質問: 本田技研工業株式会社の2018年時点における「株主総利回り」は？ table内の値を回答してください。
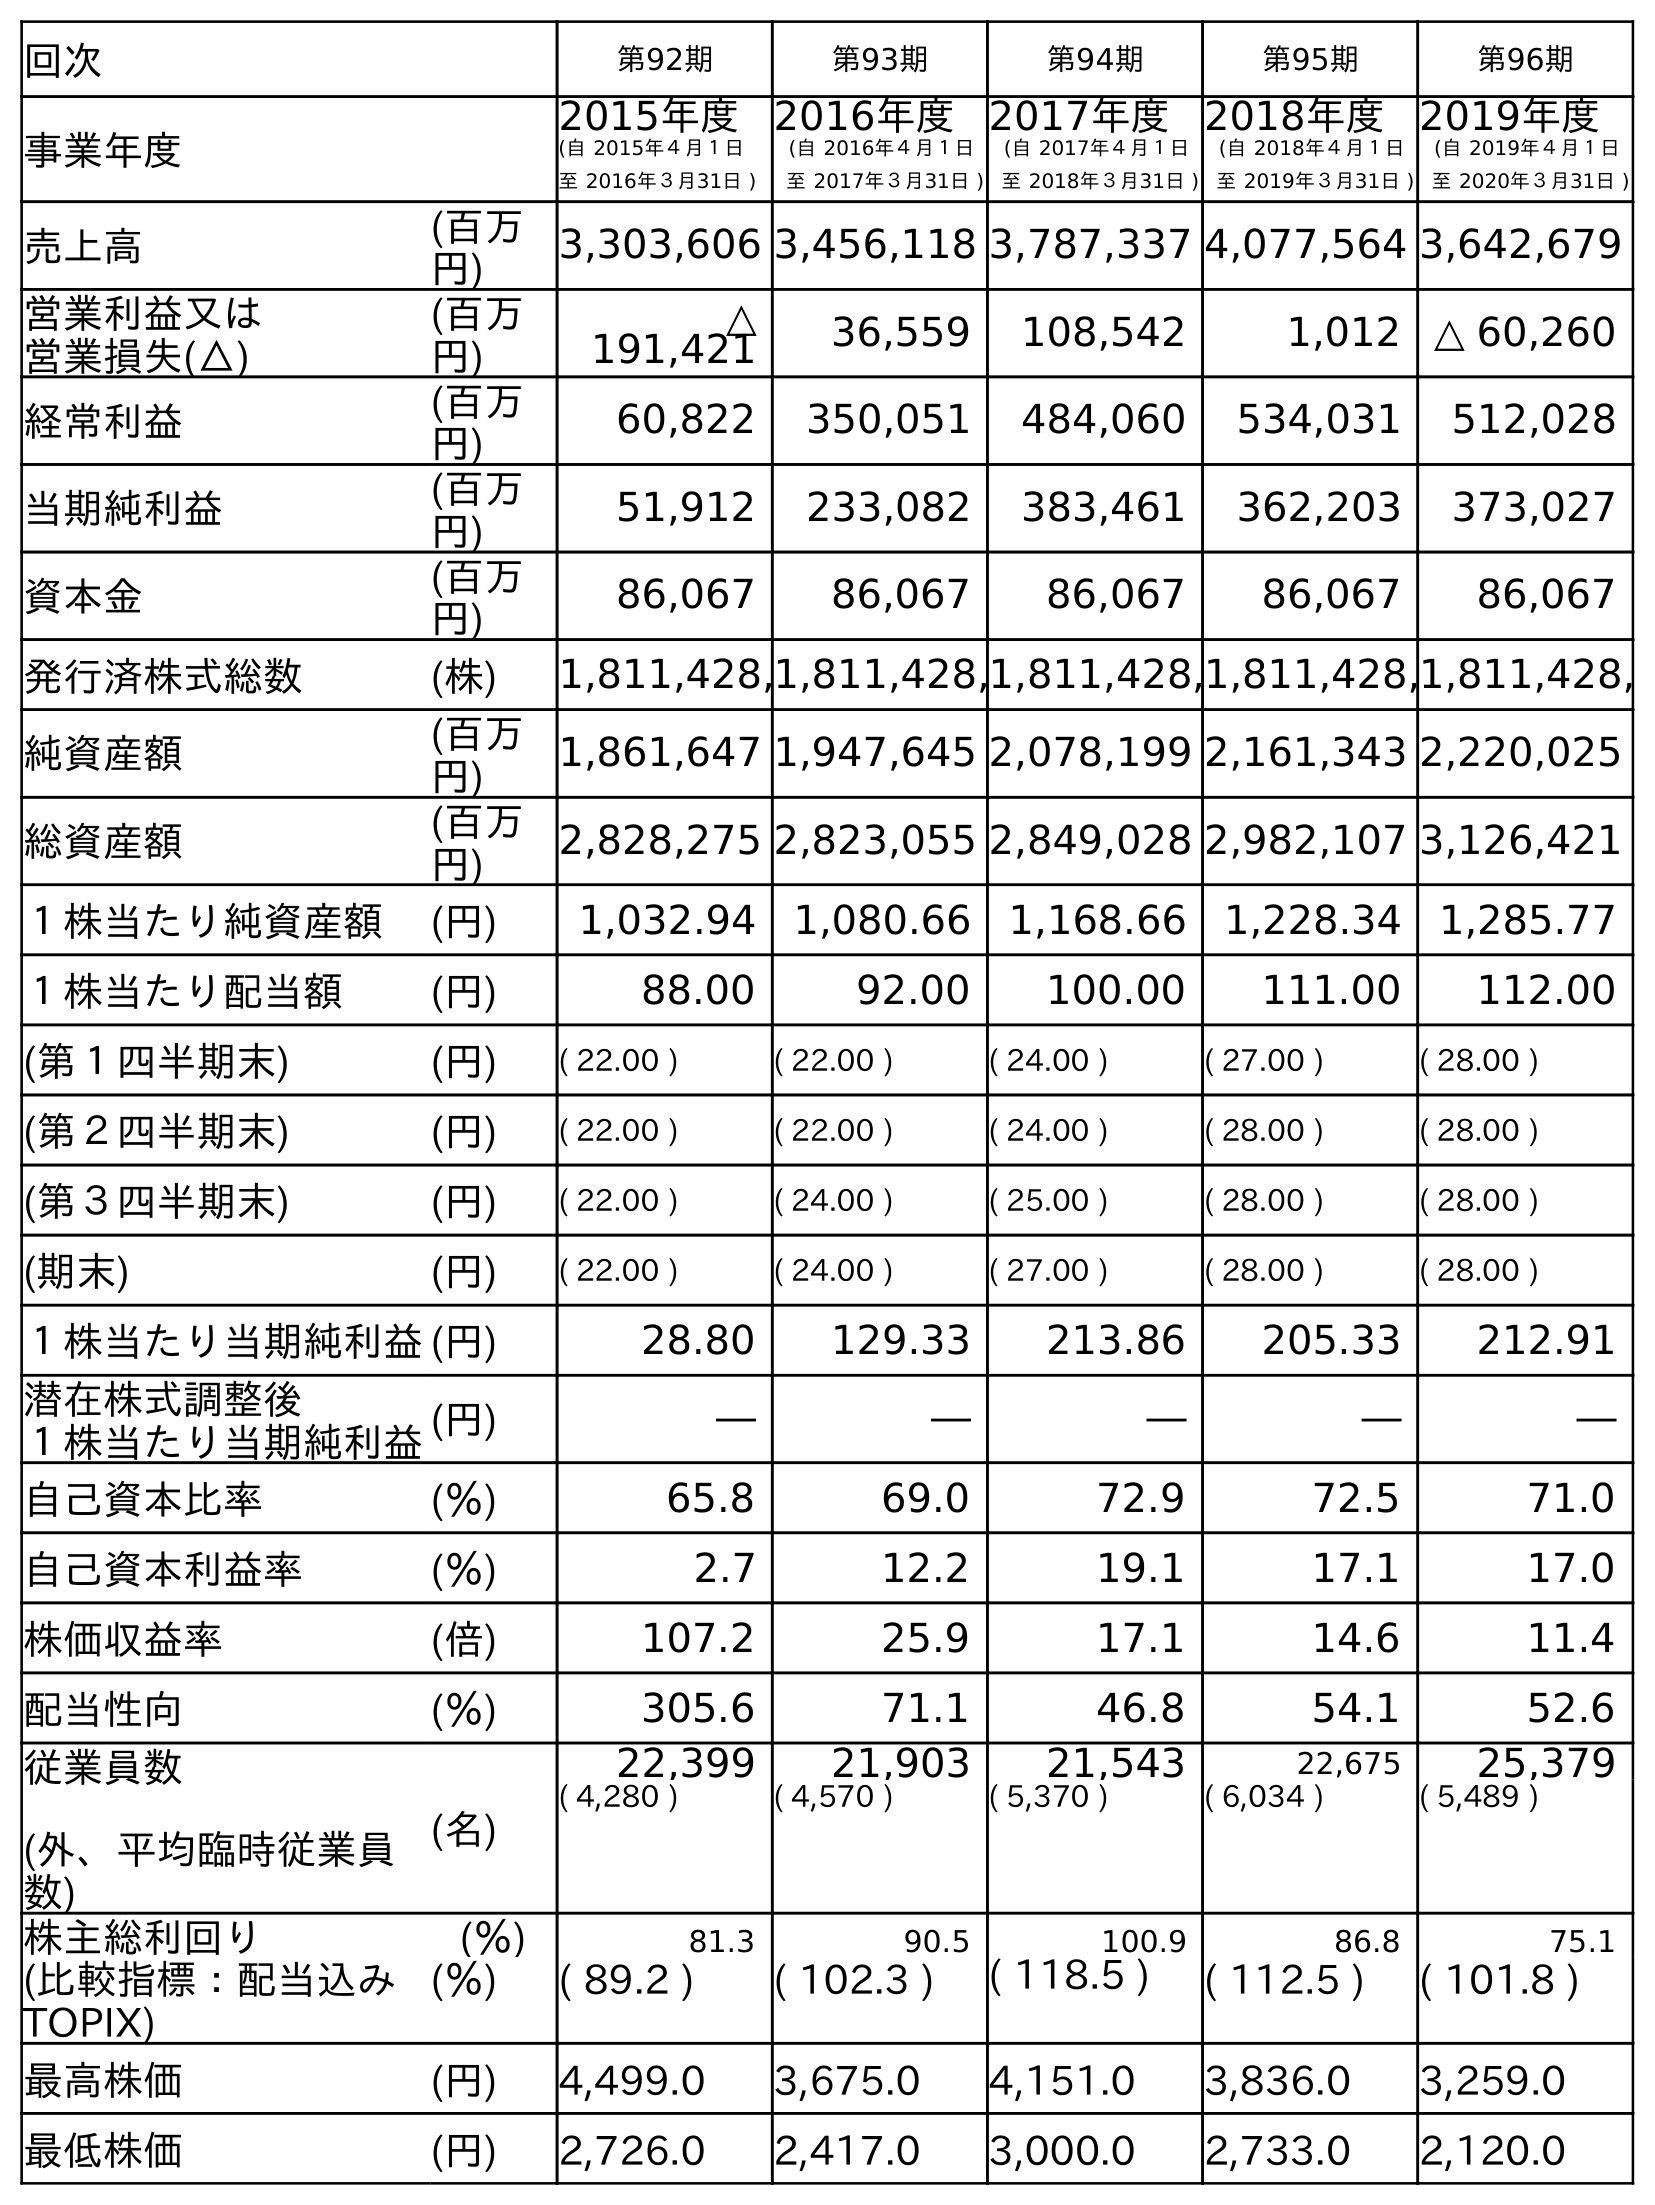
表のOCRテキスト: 回次 第92期 第93期 第94期 第95期 第96期 事業年度 2015年度 (自 2015年４月１日 至 2016年３月31日 ) 2016年度 (自 2016年４月１日 至 2017年３月31日 ) 2017年度 (自 2017年４月１日 至 2018年３月31日 ) 2018年度 (自 2018年４月１日 至 2019年３月31日 ) 2019年度 (自 2019年４月１日 至 2020年３月31日 ) 売上高 (百万 円) 3,303,606 3,456,118 3,787,337 4,077,564 3,642,679 営業利益又は 営業損失(△) (百万 円) △ 191,421 36,559 108,542 1,012 △ 60,260 経常利益 (百万 円) 60,822 350,051 484,060 534,031 512,028 当期純利益 (百万 円) 51,912 233,082 383,461 362,203 373,027 資本金 (百万 円) 86,067 86,067 86,067 86,067 86,067 発行済株式総数 (株) 1,811,428,1,811,428,1,811,428,1,811,428,1,811,428, 純資産額 (百万 円) 1,861,647 1,947,645 2,078,199 2,161,343 2,220,025 総資産額 (百万 円) 2,828,275 2,823,055 2,849,028 2,982,107 3,126,421 １株当たり純資産額 (円) 1,032.94 1,080.66 1,168.66 1,228.34 1,285.77 １株当たり配当額 (円) 88.00 92.00 100.00 111.00 112.00 (第１四半期末) (円) ( 22.00 ) ( 22.00 ) ( 24.00 ) ( 27.00 ) ( 28.00 ) (第２四半期末) (円) ( 22.00 ) ( 22.00 ) ( 24.00 ) ( 28.00 ) ( 28.00 ) (第３四半期末) (円) ( 22.00 ) ( 24.00 ) ( 25.00 ) ( 28.00 ) ( 28.00 ) (期末) (円) ( 22.00 ) ( 24.00 ) ( 27.00 ) ( 28.00 ) ( 28.00 ) １株当たり当期純利益(円) 28.80 129.33 213.86 205.33 212.91 潜在株式調整後 １株当たり当期純利益(円) ― ― ― ― ― 自己資本比率 (％) 65.8 69.0 72.9 72.5 71.0 自己資本利益率 (％) 2.7 12.2 19.1 17.1 17.0 株価収益率 (倍) 107.2 25.9 17.1 14.6 11.4 配当性向 (％) 305.6 71.1 46.8 54.1 52.6 従業員数 (外、平均臨時従業員 数) (名) 22,399 21,903 21,543 22,675 25,379 ( 4,280 ) ( 4,570 ) ( 5,370 ) ( 6,034 ) ( 5,489 ) 株主総利回り (％) 81.3 90.5 100.9 86.8 75.1 (比較指標：配当込み TOPIX) (％) ( 89.2 ) ( 102.3 ) ( 118.5 ) ( 112.5 ) ( 101.8 ) 最高株価 (円) 4,499.0 3,675.0 4,151.0 3,836.0 3,259.0 最低株価 (円) 2,726.0 2,417.0 3,000.0 2,733.0 2,120.0
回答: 100.9